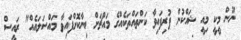
ނޫން މީކީ މިއީ ޝައްކުން ފުރިފައިވާ ކަންތައްތަކެއްގެ މައްޗަށް ބިނާކޮށްފައިވާ މައްސަލައެއް" ރައީސް